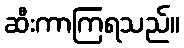
ဆီးကာကြရသည်။